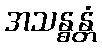
အသန္ဓန္တံ